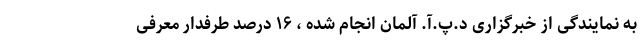
به نمایندگی از خبرگزاری د.پ.آ. آلمان انجام شده ، ۱۶ درصد طرفدار معرفی